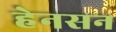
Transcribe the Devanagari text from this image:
हेनसन